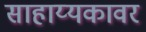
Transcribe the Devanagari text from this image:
साहाय्यकावर